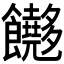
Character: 𬲢